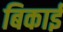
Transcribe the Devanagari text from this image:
बिकाई